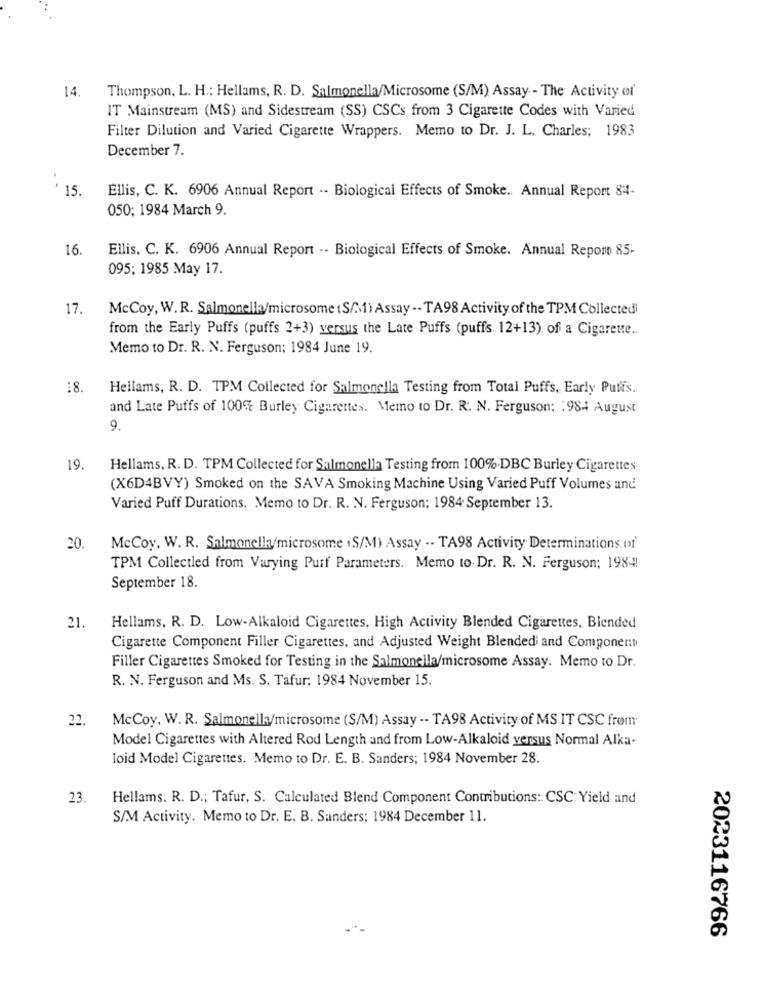
14.
Thompson, L. H .: Hellams, R. D. Salmonella/Microsome (S/M) Assay - The Activity of
IT Mainstream (MS) and Sidestream (SS) CSCs from 3 Cigarette Codes with Varied
Filter Dilution and Varied Cigarette Wrappers. Memo to Dr. J. L. Charles; 1983
December 7.
15 .
Ellis, C. K. 6906 Annual Report -- Biological Effects of Smoke. Annual Report 811-
050; 1984 March 9.
16.
Ellis. C. K. 6906 Annual Report -- Biological Effects of Smoke. Annual Report 85-
095; 1985 May 17.
17.
McCoy, W. R. Salmonella/microsome (S/M) Assay -- TA98 Activity of the TPM Collected
from the Early Puffs (puffs 2+3) versus the Late Puffs (puffs 12+13) of a Cigarete ..
Memo to Dr. R. N. Ferguson; 1984 June 19.
18.
Hellams, R. D. TPM Collected for Salmonella Testing from Total Puffs, Early Pullis ..
and Late Puffs of 100% Burley Cigarettes. Memo to Dr. R. N. Ferguson: : 984 August
9.
19.
Hellams, R. D. TPM Collected for Salmonella Testing from 100%.DBC Burley Cigarettes
(X6D4BVY) Smoked on the SAVA Smoking Machine Using Varied Puff Volumes and
Varied Puff Durations. Memo to Dr. R. N. Ferguson; 1984 September 13.
20.
McCoy, W. R. Salmonella/microsome iS/M) Assay -. TA98 Activity Determinations of
TPM Collectled from Varying Purf Parameters. Memo to. Dr. R. N. Ferguson; 1984!
September 18.
21.
Hellams, R. D. Low-Alkaloid Cigarettes, High Activity Blended Cigarettes, Blended
Cigarette Component Filler Cigarettes, and Adjusted Weight Blendedi and Component
Filler Cigarettes Smoked for Testing in the Salmonella/microsome Assay. Memo to Dr.
R. N. Ferguson and Ms. S. Tafur: 1984 November 15.
22.
McCoy, W. R. Salmonella/microsome (S/M) Assay -- TA98 Activity of MS IT CSC frem
Model Cigarettes with Altered Rod Length and from Low-Alkaloid versus Normal Alka-
loid Model Cigarettes. Memo to Dr. E. B. Sanders; 1984 November 28.
23.
Hellams. R. D .; Tafur, S. Calculated Blend Component Contributions: CSC: Yield and
S/M Activity. Memo to Dr. E. B. Sanders; 1984 December 11.
2023116766